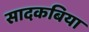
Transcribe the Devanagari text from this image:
सादकबिया